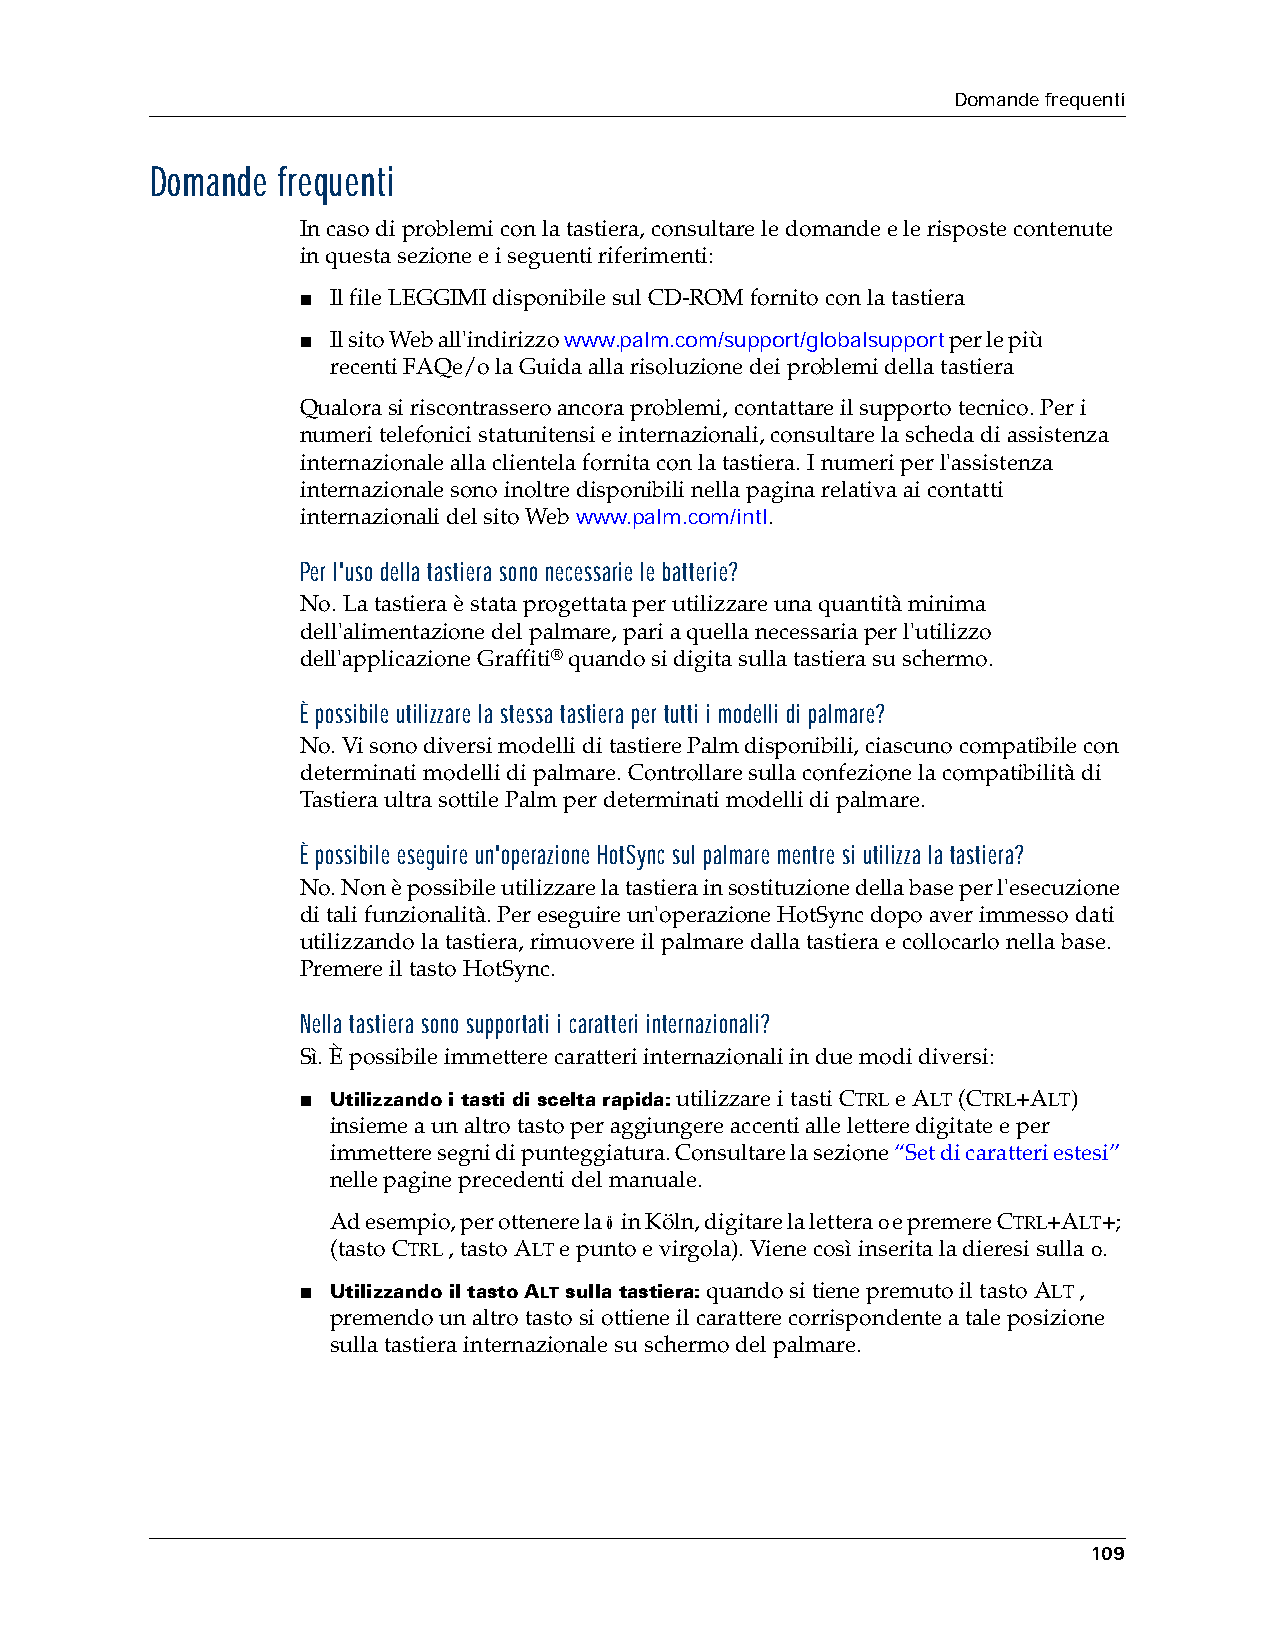
Domande frequenti
 Domande frequenti
 In caso di problemi con la tastiera, consultare le domande e le risposte contenute
 in questa sezione e i seguenti riferimenti:
 ■ Il file LEGGIMI disponibile sul CD-ROM fornito con la tastiera
 ■ Il sito Web all'indirizzo www.palm.com/support/globalsupport per le più
 recenti FAQe/o la Guida alla risoluzione dei problemi della tastiera
 Qualora si riscontrassero ancora problemi, contattare il supporto tecnico. Per i
 numeri telefonici statunitensi e internazionali, consultare la scheda di assistenza
 internazionale alla clientela fornita con la tastiera. I numeri per l'assistenza
 internazionale sono inoltre disponibili nella pagina relativa ai contatti
 internazionali del sito Web www.palm.com/intl.
 Per l'uso della tastiera sono necessarie le batterie?
 No. La tastiera è stata progettata per utilizzare una quantità minima
 dell'alimentazione del palmare, pari a quella necessaria per l'utilizzo
 dell'applicazione Graffiti® quando si digita sulla tastiera su schermo.
 È possibile utilizzare la stessa tastiera per tutti i modelli di palmare?
 No. Vi sono diversi modelli di tastiere Palm disponibili, ciascuno compatibile con
 determinati modelli di palmare. Controllare sulla confezione la compatibilità di
 Tastiera ultra sottile Palm per determinati modelli di palmare.
 È possibile eseguire un'operazione HotSync sul palmare mentre si utilizza la tastiera?
 No. Non è possibile utilizzare la tastiera in sostituzione della base per l'esecuzione
 di tali funzionalità. Per eseguire un'operazione HotSync dopo aver immesso dati
 utilizzando la tastiera, rimuovere il palmare dalla tastiera e collocarlo nella base.
 Premere il tasto HotSync.
 Nella tastiera sono supportati i caratteri internazionali?
 Sì. È possibile immettere caratteri internazionali in due modi diversi:
 ■ Utilizzando i tasti di scelta rapida: utilizzare i tasti CTRL e ALT (CTRL+ALT)
 insieme a un altro tasto per aggiungere accenti alle lettere digitate e per
 immettere segni di punteggiatura. Consultare la sezione “Set di caratteri estesi”
 nelle pagine precedenti del manuale.
 Ad esempio, per ottenere la ö in Köln, digitare la lettera o e premere CTRL+ALT+;
 (tasto CTRL , tasto ALT e punto e virgola). Viene così inserita la dieresi sulla o.
 ■ Utilizzando il tasto ALT sulla tastiera: quando si tiene premuto il tasto ALT ,
 premendo un altro tasto si ottiene il carattere corrispondente a tale posizione
 sulla tastiera internazionale su schermo del palmare.
 109